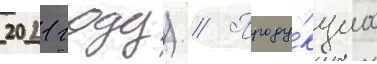
2021 году) // Проду́кциа